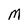
Character: M